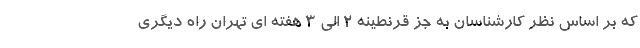
که بر اساس نظر کارشناسان به جز قرنطینه ۲ الی ۳ هفته ای تهران راه دیگری